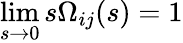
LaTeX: \operatorname*{lim}_{s\to 0}s\Omega_{ij}(s)=1